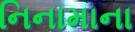
નિનામાના